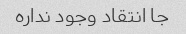
جا انتقاد وجود نداره